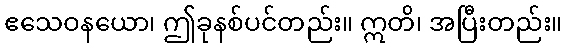
ဧသေဝနယော၊ ဤခုနစ်ပင်တည်း။ ဣတိ၊ အပြီးတည်း။